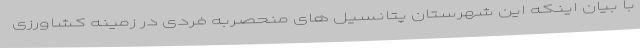
با بیان اینکه این شهرستان پتانسیل های منحصربه فردی در زمینه کشاورزی